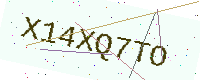
Text: X14XQ7TO